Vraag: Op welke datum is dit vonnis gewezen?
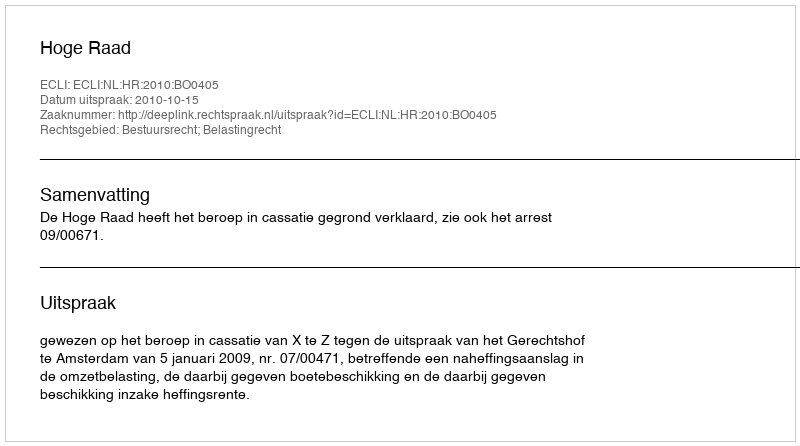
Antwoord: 2010-10-15